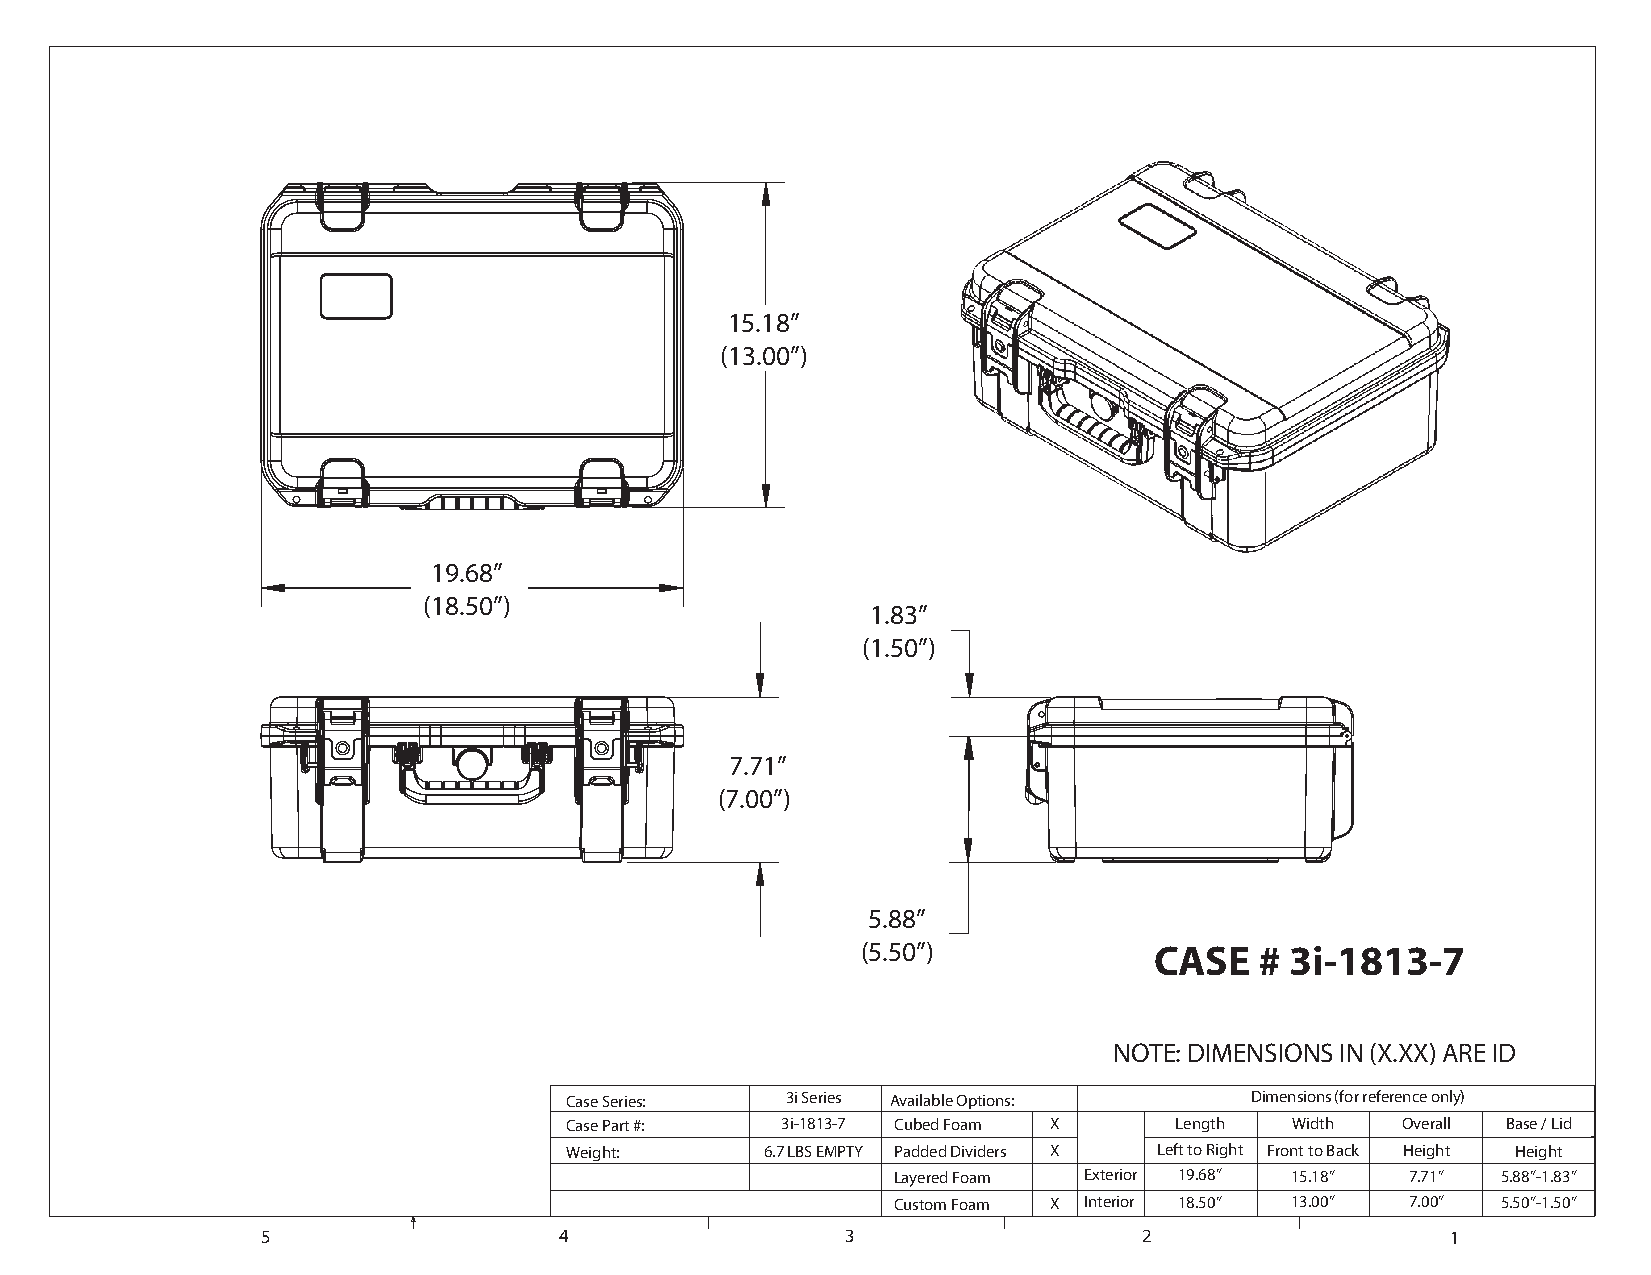
15.18”
 (13.00”)
 19.68”
 (18.50”)
 1.83”
 (1.50”)
 7.71”
 (7.00”)
 5.88”
 (5.50”)            CASE   # 3i-1813-7
 NOTE: DIMENSIONS IN (X.XX) ARE ID
 Case Series:   3i Series Available Options:   Dimensions (for reference only)
 Case Part #:   3i-1813-7 Cubed Foam X    Length  Width  Overall Base / Lid
 Weight:       6.7 LBS EMPTY Padded Dividers X Left to Right Front to Back Height Height
 Layered Foam Exterior 19.68” 15.18” 7.71” 5.88”-1.83”
 Custom Foam X Interior 18.50” 13.00” 7.00” 5.50”-1.50”
 5                   4                  3                   2                   1